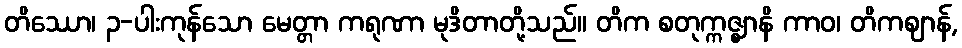
တိဿော၊ ၃-ပါးကုန်သော မေတ္တာ ကရုဏာ မုဒိတာတို့သည်။ တိက စတုက္ကဇ္ဈာနိ ကာဝ၊ တိကဈာန်,